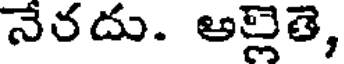
నేరదు. అల్లెతె,